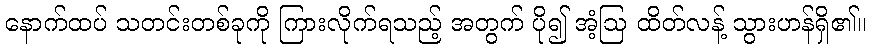
နောက်ထပ် သတင်းတစ်ခုကို ကြားလိုက်ရသည့် အတွက် ပို၍ အံ့ဩ ထိတ်လန့် သွားဟန်ရှိ၏။